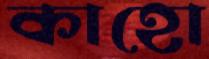
কাহো